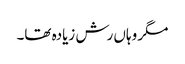
مگر وہاں رش زیادہ تھا۔